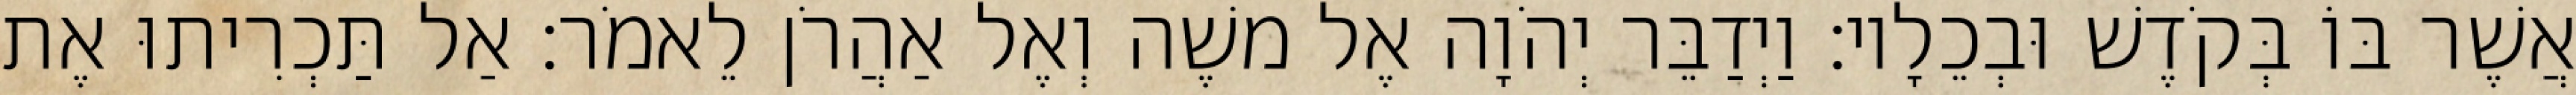
אֲשֶׁר בּוֹ בְּקֹדֶשׁ וּבְכֵלָיו׃ וַיְדַבֵּר יְהֹוָה אֶל משֶׁה וְאֶל אַהֲרֹן לֵאמֹר׃ אַל תַּכְרִיתוּ אֶת